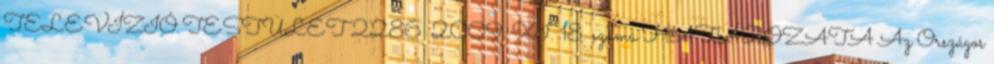
TELEVÍZIÓ TESTÜLET 2286 2009. XI. 18. számú HATÁROZATA Az Országos